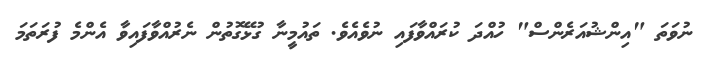
ނުވަތަ "އިންޝުއަރެންސް" ހުއްދަ ކުރައްވާފައި ނުވެއެވެ. ތައުމީނާ ގުޅޭގޮތުން ނެރުއްވާފައިވާ އެންމެ ފުރަތަމަ